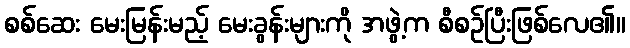
စစ်ဆေး မေးမြန်းမည့် မေးခွန်းများကို အဖွဲ့က စီစဉ်ပြီးဖြစ်လေ၏။